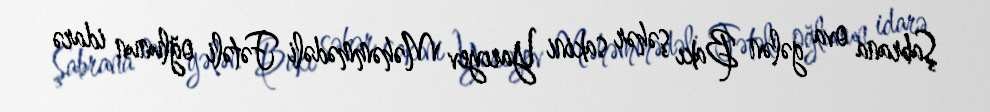
Şabrana ova gələn Bakı şəhər sakini Yarıyev Məhəmmədəli Fətəli oğlunun idarə